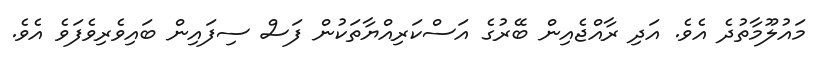
މައުލޫމާތުދެ އެވެ. އަދި ރާއްޖެއިން ބޭރުގެ އަސްކަރިއްޔާތަކުން ފަސް ސިފައިން ބައިވެރިވެފަވެ އެވެ.